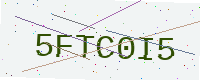
Text: 5FTC0I5